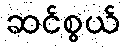
ဆင်စွယ်